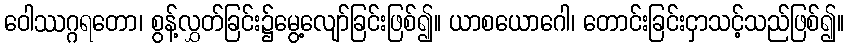
ဝေါဿဂ္ဂရတော၊ စွန့်လွှတ်ခြင်း၌မွေ့လျော်ခြင်းဖြစ်၍။ ယာစယောဂေါ၊ တောင်းခြင်းငှာသင့်သည်ဖြစ်၍။